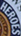
HEROES